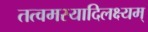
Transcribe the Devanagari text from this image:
तत्वमस्यादिलक्ष्यम्‌